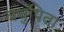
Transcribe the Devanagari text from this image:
वधुपिता